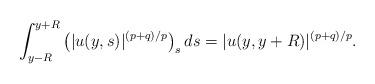
LaTeX: \begin{align*}\int_{y-R}^{y+R}\left(|u(y,s)|^{(p+q)/p}\right)_sds=|u(y,y+R)|^{(p+q)/p}.\end{align*}